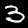
Label: 3